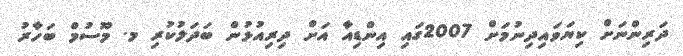
ދަރިންނަށް ކިޔަވައިދިނުމަށް 2007ގައި އިންޑިއާ އަށް ދިރިއުޅުން ބަދަލުކުރި މ. މޫސުމް ބަހާރު